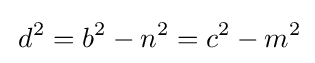
\,d^{2}=b^{2}-n^{2}=c^{2}-m^{2}